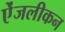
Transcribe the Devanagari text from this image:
ऐंजलीकन